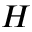
H